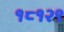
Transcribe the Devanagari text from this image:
१८१२९